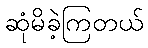
ဆုံမိခဲ့ကြတယ်